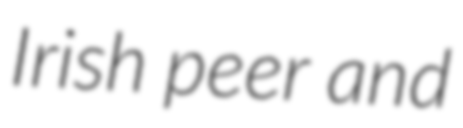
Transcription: Irish peer and